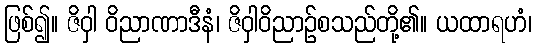
ဖြစ်၍။ ဇိဝှါ ဝိညာဏာဒီနံ၊ ဇိဝှါဝိညာဉ်စသည်တို့၏။ ယထာရဟံ၊